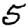
Digit: 5